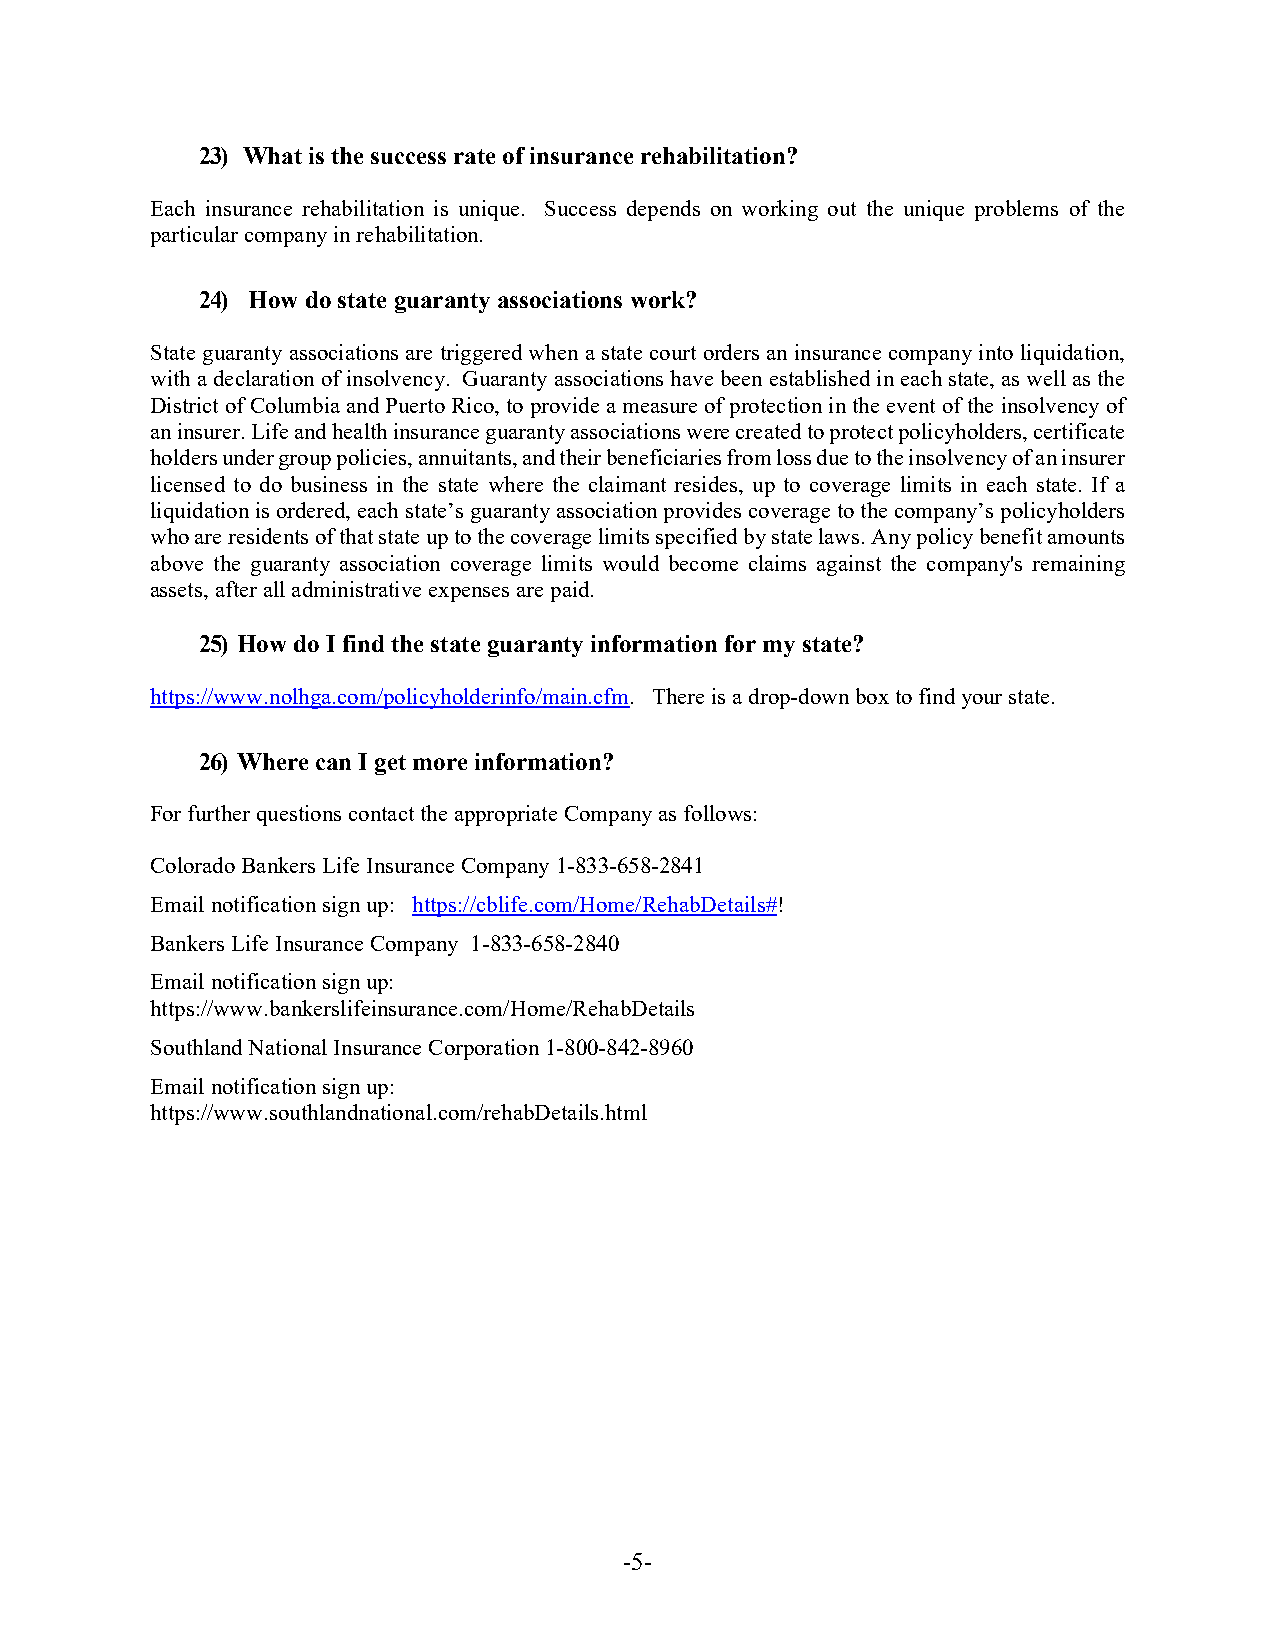
23) What is the success rate of insurance rehabilitation?
 Each insurance rehabilitation is unique. Success depends on working out the unique problems of the
 particular company in rehabilitation.
 24) How do state guaranty associations work?
 State guaranty associations are triggered when a state court orders an insurance company into liquidation,
 with a declaration of insolvency. Guaranty associations have been established in each state, as well as the
 District of Columbia and Puerto Rico, to provide a measure of protection in the event of the insolvency of
 an insurer. Life and health insurance guaranty associations were created to protect policyholders, certificate
 holders under group policies, annuitants, and their beneficiaries from loss due to the insolvency of an insurer
 licensed to do business in the state where the claimant resides, up to coverage limits in each state. If a
 liquidation is ordered, each state’s guaranty association provides coverage to the company’s policyholders
 who are residents of that state up to the coverage limits specified by state laws. Any policy benefit amounts
 above the guaranty association coverage limits would become claims against the company's remaining
 assets, after all administrative expenses are paid.
 25) How do I find the state guaranty information for my state?
 https://www.nolhga.com/policyholderinfo/main.cfm. There is a drop-down box to find your state.
 26) Where can I get more information?
 For further questions contact the appropriate Company as follows:
 Colorado Bankers Life Insurance Company 1-833-658-2841
 Email notification sign up: https://cblife.com/Home/RehabDetails#!
 Bankers Life Insurance Company 1-833-658-2840
 Email notification sign up:
 https://www.bankerslifeinsurance.com/Home/RehabDetails
 Southland National Insurance Corporation 1-800-842-8960
 Email notification sign up:
 https://www.southlandnational.com/rehabDetails.html
 -5-